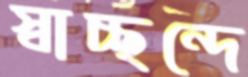
স্বাচ্ছন্দে